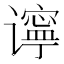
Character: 𫍾